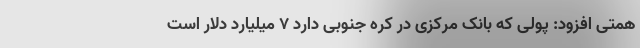
همتی افزود: پولی که بانک مرکزی در کره جنوبی دارد ۷ میلیارد دلار است